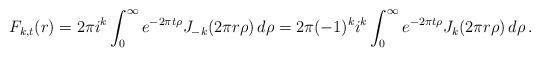
LaTeX: \begin{align*} F_{k,t}(r)=2\pi i^k\int_0^\infty e^{-2\pi t\rho} J_{-k}(2\pi r\rho)\,d\rho =2\pi (-1)^k i^k \int_0^\infty e^{-2\pi t\rho} J_k(2\pi r\rho)\,d\rho\,.\end{align*}